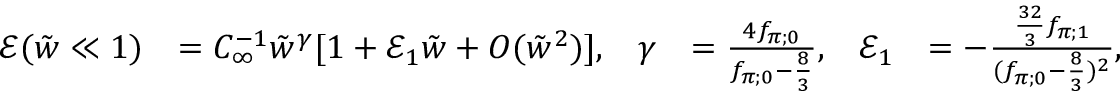
\begin{array} { r l r l r l } { \mathcal { E } ( \tilde { w } \ll 1 ) } & { = C _ { \infty } ^ { - 1 } \tilde { w } ^ { \gamma } [ 1 + \mathcal { E } _ { 1 } \tilde { w } + O ( \tilde { w } ^ { 2 } ) ] , } & { \gamma } & { = \frac { 4 f _ { \pi ; 0 } } { f _ { \pi ; 0 } - \frac { 8 } { 3 } } , } & { \mathcal { E } _ { 1 } } & { = - \frac { \frac { 3 2 } { 3 } f _ { \pi ; 1 } } { ( f _ { \pi ; 0 } - \frac { 8 } { 3 } ) ^ { 2 } } , } \end{array}